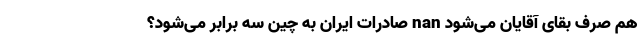
هم صَرف بقای آقایان می‌شود nan صادرات ایران به چین سه برابر می‌شود؟